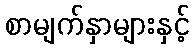
စာမျက်နှာများနှင့်